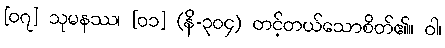
[၀၇] သုမနဿ၊ [၀၁] (နိ-၃၀၄) တင့်တယ်သောစိတ်၏။ ဝါ၊